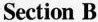
Section B